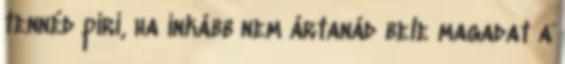
tennéd piri, ha inkább nem ártanád bele magadat a